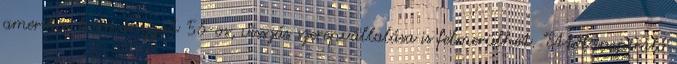
amerikai kormányzat '56-os, visszás szerepvállalása is felmerülhet. "Ettől inspiráló